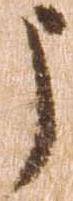
う